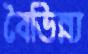
বৈভিন্ন্য